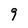
Character: 9